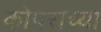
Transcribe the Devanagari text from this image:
कोपराच्या